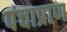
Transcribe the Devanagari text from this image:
पंचाप्राण